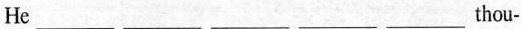
He ___ ___ ___ ___ ___ thou-